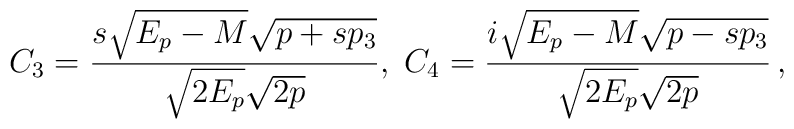
C_3 = {s\sqrt{E_p-M}\sqrt{p+sp_3}\over \sqrt{2E_p}\sqrt{2p}}, \;C_4 = {i\sqrt{E_p-M}\sqrt{p-sp_3}\over \sqrt{2E_p}\sqrt{2p}}\,,